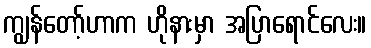
ကျွန်တော့်ဟာက ဟိုနားမှာ အပြာရောင်လေး။